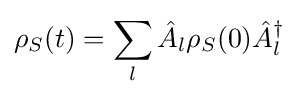
\rho _{S}(t)=\sum _{l}{\hat {A}}_{l}\rho _{S}(0){\hat {A}}_{l}^{\dagger }